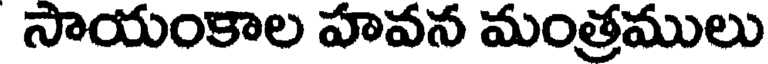
సాయంకాల హవన మంత్రములు